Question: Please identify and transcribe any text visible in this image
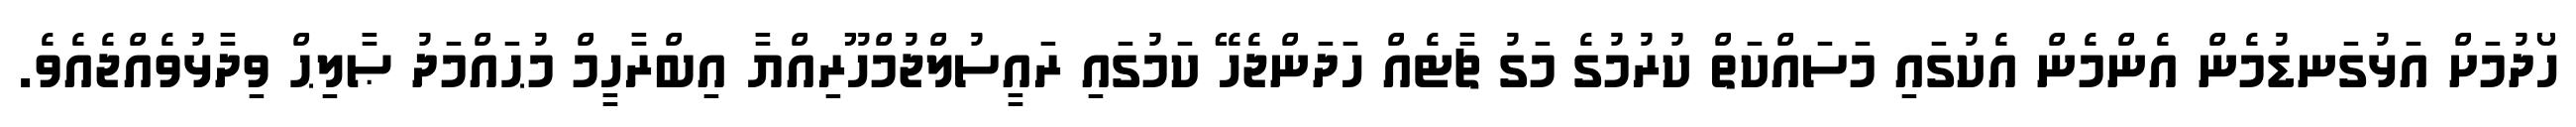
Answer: ހޯދުމަށް އަޅުގަނޑުމެން އެންމެން އެކުގައި މަސައްކަތް ކުރުމުގެ މަގު ޗާޓެއް ހަދަންޖެހޭ ކަމުގައި ރައީސުލްޖުމްހޫރިއްޔާ އިބްރާހީމް މުޙައްމަދު ޞާލިޙް ވިދާޅުވެއްޖެއެވެ.